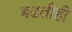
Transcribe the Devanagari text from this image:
बढतीही